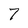
Character: 7